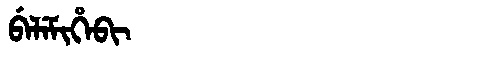
Manchu: ᠪᡝᠯᡝᠮᡳᡥᡝᠪᡳ
Romanization: BELEMIHEBI